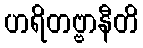
ဟရိတဗ္ဗာနီတိ